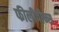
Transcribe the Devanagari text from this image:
फीलीपीन्स